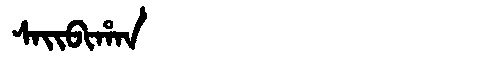
Manchu: ᠰᠠᡳᠪᡳᡥᠠᠨ
Romanization: SAIBIHAN